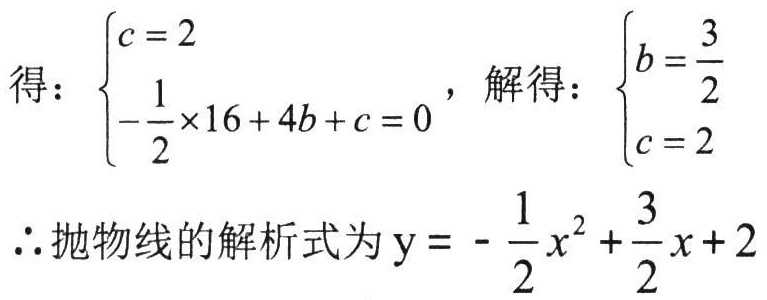
得：$\begin{cases}c = 2\\-\dfrac{1}{2}\times16 + 4b + c = 0\end{cases}$，解得：$\begin{cases}b=\dfrac{3}{2}\\c = 2\end{cases}$
$\therefore$抛物线的解析式为$\mathrm{y}=-\dfrac{1}{2}x^{2}+\dfrac{3}{2}x + 2$